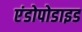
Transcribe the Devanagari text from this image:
एंडोपोडाइड